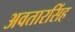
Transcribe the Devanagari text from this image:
अवतारसिंह